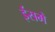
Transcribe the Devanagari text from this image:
ईसमें